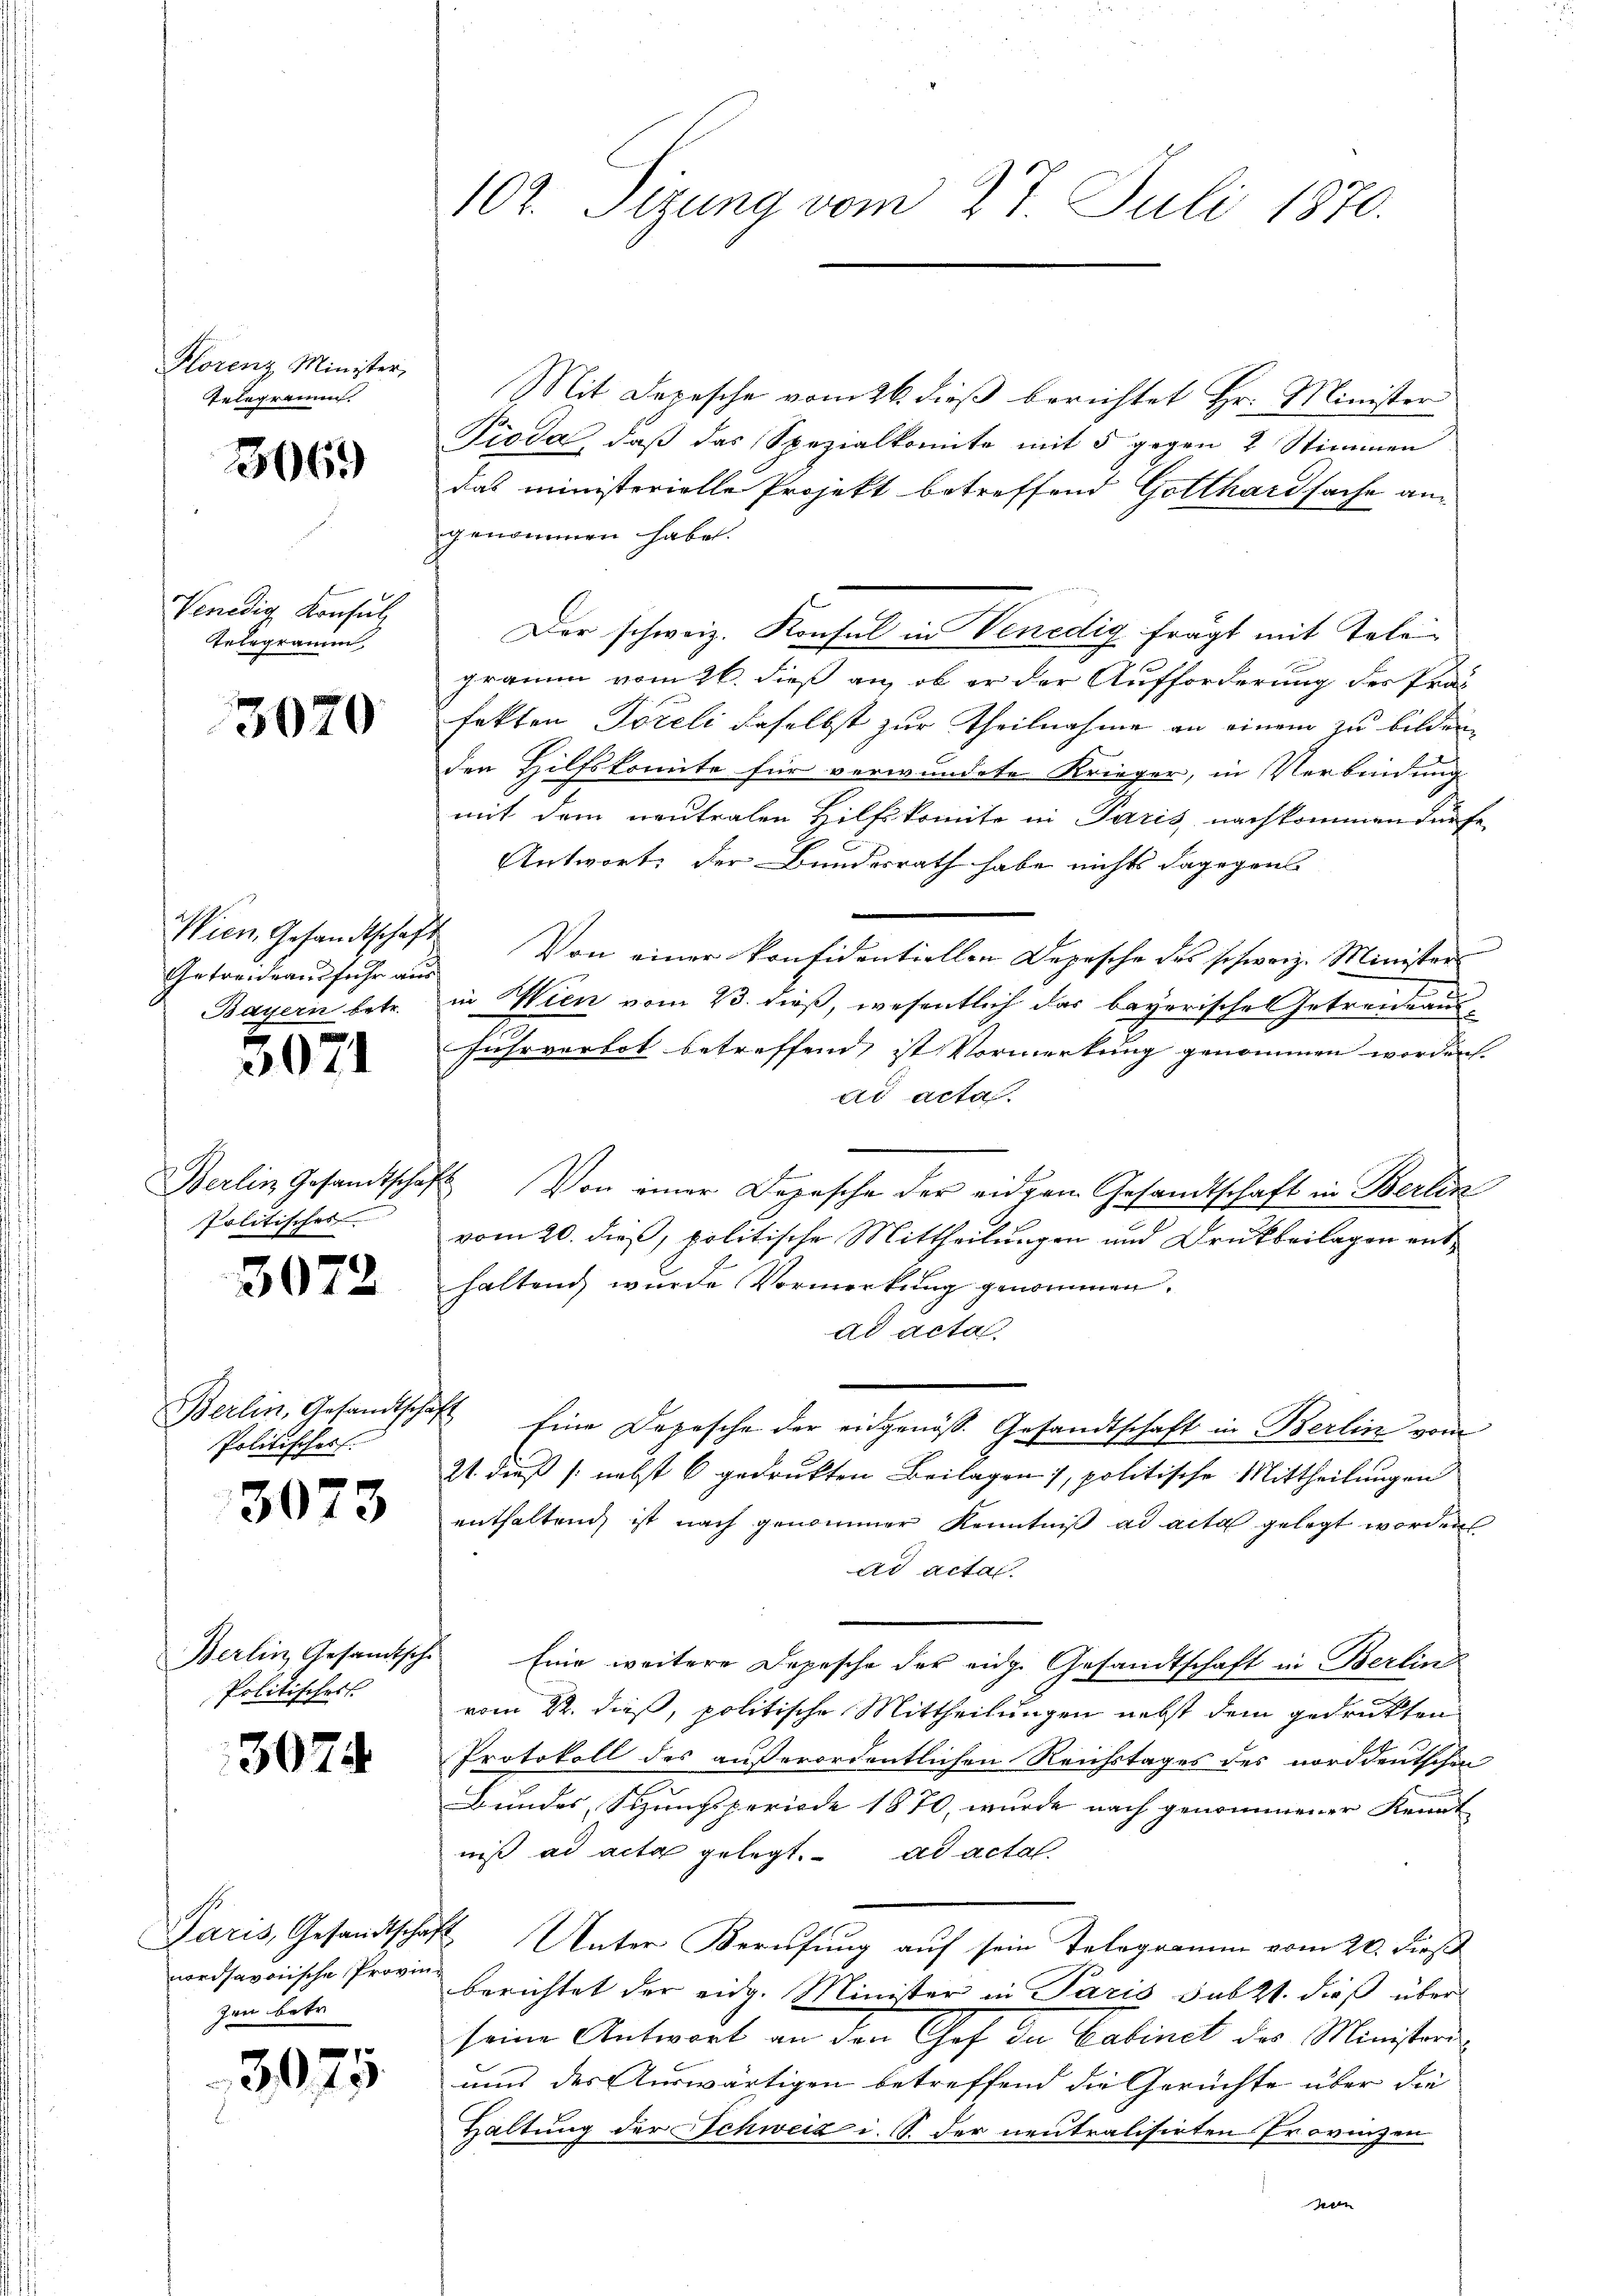
Florenz Minister,
Telegramm.

3069

Venedig Konsul
Telegramm

302

Wien Gesandtschaft
Getreideausfuhr aus
Bayern betr.

3074

Berlin Gesandtschaf
Politisches

30

Berlin, Gesandtschaf
Politischer.

307

)

3

Berlin, Gesandtsche
Politischek

3074

Paris, Gesandtschaf
nordsavoische Provin
zen betr

307

5.

102. Sitzung vom 27. Juli 1870.

Mit Depesche vom 26. dieß berichtet Hr. Minister
Pioda, daß das Spezialkonte mit 5 gegen 2 Stimmen
das ministerielle Projekt betreffend Gotthardsache angenommen habe.
Der schweiz. Konsul in Venedig fragt mit Telegramm vom 26. dieß an, ob er der Aufforderung des Präs
fekten Toreli daselbst zur Theilnahme an einem zu bilden
der Hilfskomite für verwundete Krieger, in Verbindung
mit dem neutralen Hilfskomite in Paris nachkommen dürfe
Antwort, der Bundesrath habe nichts dagegen
Von einer konfidentiellen Depesche des schweiz. Minister
in Wien vom 23. dieß, wesentlich das bayerisches Getreueraus-
s
fuhrverbot betreffend, ist Vormerkung genommen worden.
ad acta.
s
Von einer Depesche der eidgen Gesandtschaft in Berlin
vom 20. dieß, politische Mittheilungen und Drukbeilagen enthaltend wurde Vormerkung genommen.
ad acta.
 Eine Depesche der eidgenöss. Gesandtschaft in Berlin vom
21. dieß (nebst 6 gedrukten Beilagen, politische Mittheilungen
enthaltend ist nach genommer Kenntniß ad acta gelegt worden
ad actas.
Eine weitere Depesche der eidg. Gesandtschaft in Berlinz
vom 22. dieß, politische Mittheilungen nebst dem gedruckten
Protokoll des außerordentlichen Reichstages des norddeutschen
Bundes, Seungsperiode 1870, wurde nach genommener Kennt
niß ad acta gelegt. ad acta.
2 Unter Berufung auf sein Telegramm vom 20. Dies
berichtet der eidg. Minister in Paris sub 21. dieß über
seine Antwort an den Ges. Dn Cabinet der Ministeri
ams der Auswärtigen betreffend die Gerüchte über die
Haltung der Schweiz i. S. der neutralisirten Provinzen
en